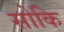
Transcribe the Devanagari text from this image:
सोकि